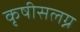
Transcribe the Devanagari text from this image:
कृषीसलग्न